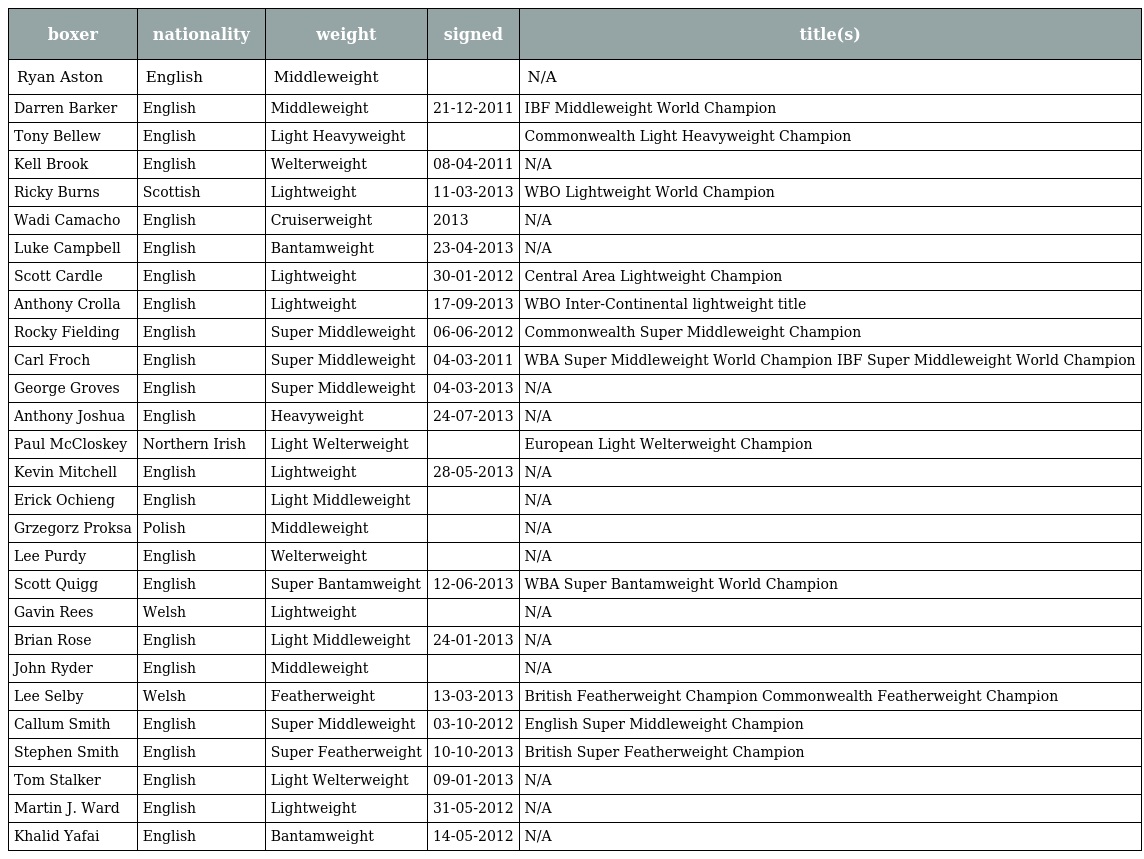
| boxer | nationality | weight | signed | title(s) |
 | --- | --- | --- | --- | --- |
 | Ryan Aston | English | Middleweight |  | N/A |
 | Darren Barker | English | Middleweight | 21-12-2011 | IBF Middleweight World Champion |
 | Tony Bellew | English | Light Heavyweight |  | Commonwealth Light Heavyweight Champion |
 | Kell Brook | English | Welterweight | 08-04-2011 | N/A |
 | Ricky Burns | Scottish | Lightweight | 11-03-2013 | WBO Lightweight World Champion |
 | Wadi Camacho | English | Cruiserweight | 2013 | N/A |
 | Luke Campbell | English | Bantamweight | 23-04-2013 | N/A |
 | Scott Cardle | English | Lightweight | 30-01-2012 | Central Area Lightweight Champion |
 | Anthony Crolla | English | Lightweight | 17-09-2013 | WBO Inter-Continental lightweight title |
 | Rocky Fielding | English | Super Middleweight | 06-06-2012 | Commonwealth Super Middleweight Champion |
 | Carl Froch | English | Super Middleweight | 04-03-2011 | WBA Super Middleweight World Champion IBF Super Middleweight World Champion |
 | George Groves | English | Super Middleweight | 04-03-2013 | N/A |
 | Anthony Joshua | English | Heavyweight | 24-07-2013 | N/A |
 | Paul McCloskey | Northern Irish | Light Welterweight |  | European Light Welterweight Champion |
 | Kevin Mitchell | English | Lightweight | 28-05-2013 | N/A |
 | Erick Ochieng | English | Light Middleweight |  | N/A |
 | Grzegorz Proksa | Polish | Middleweight |  | N/A |
 | Lee Purdy | English | Welterweight |  | N/A |
 | Scott Quigg | English | Super Bantamweight | 12-06-2013 | WBA Super Bantamweight World Champion |
 | Gavin Rees | Welsh | Lightweight |  | N/A |
 | Brian Rose | English | Light Middleweight | 24-01-2013 | N/A |
 | John Ryder | English | Middleweight |  | N/A |
 | Lee Selby | Welsh | Featherweight | 13-03-2013 | British Featherweight Champion Commonwealth Featherweight Champion |
 | Callum Smith | English | Super Middleweight | 03-10-2012 | English Super Middleweight Champion |
 | Stephen Smith | English | Super Featherweight | 10-10-2013 | British Super Featherweight Champion |
 | Tom Stalker | English | Light Welterweight | 09-01-2013 | N/A |
 | Martin J. Ward | English | Lightweight | 31-05-2012 | N/A |
 | Khalid Yafai | English | Bantamweight | 14-05-2012 | N/A |